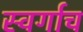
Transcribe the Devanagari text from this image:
स्वर्गाच